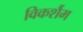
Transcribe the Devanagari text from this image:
विकर्शैम